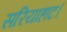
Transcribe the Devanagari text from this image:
सरियाहाट।